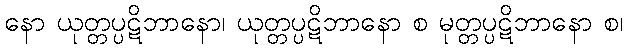
နော ယုတ္တပ္ပဋိဘာနော၊ ယုတ္တပ္ပဋိဘာနော စ မုတ္တပ္ပဋိဘာနော စ၊